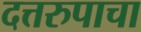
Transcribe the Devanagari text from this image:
दत्तरुपाचा